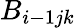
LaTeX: B_{i-1jk}